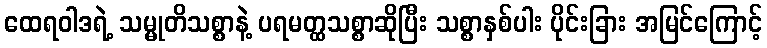
ထေရဝါဒရဲ့ သမ္မုတိသစ္စာနဲ့ ပရမတ္ထသစ္စာဆိုပြီး သစ္စာနှစ်ပါး ပိုင်းခြား အမြင်ကြောင့်